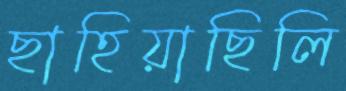
ছাহিয়াছিলি